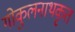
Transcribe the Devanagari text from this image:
गोकुलनाथकृत